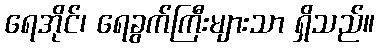
ရေအိုင်၊ ရေခွက်ကြီးများသာ ရှိသည်။